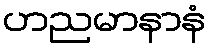
ဟညမာနာနံ